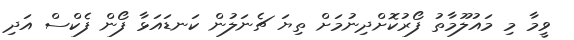
ވީމާ މި މައުލޫމާތު ފޯރުކޮށްދިނުމަށް ތިޔަ ޗެނަލުން ކަނޑައަޅާ ފޯން ފެކްސް އަދި